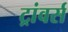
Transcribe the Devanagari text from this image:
ट्रांवर्स